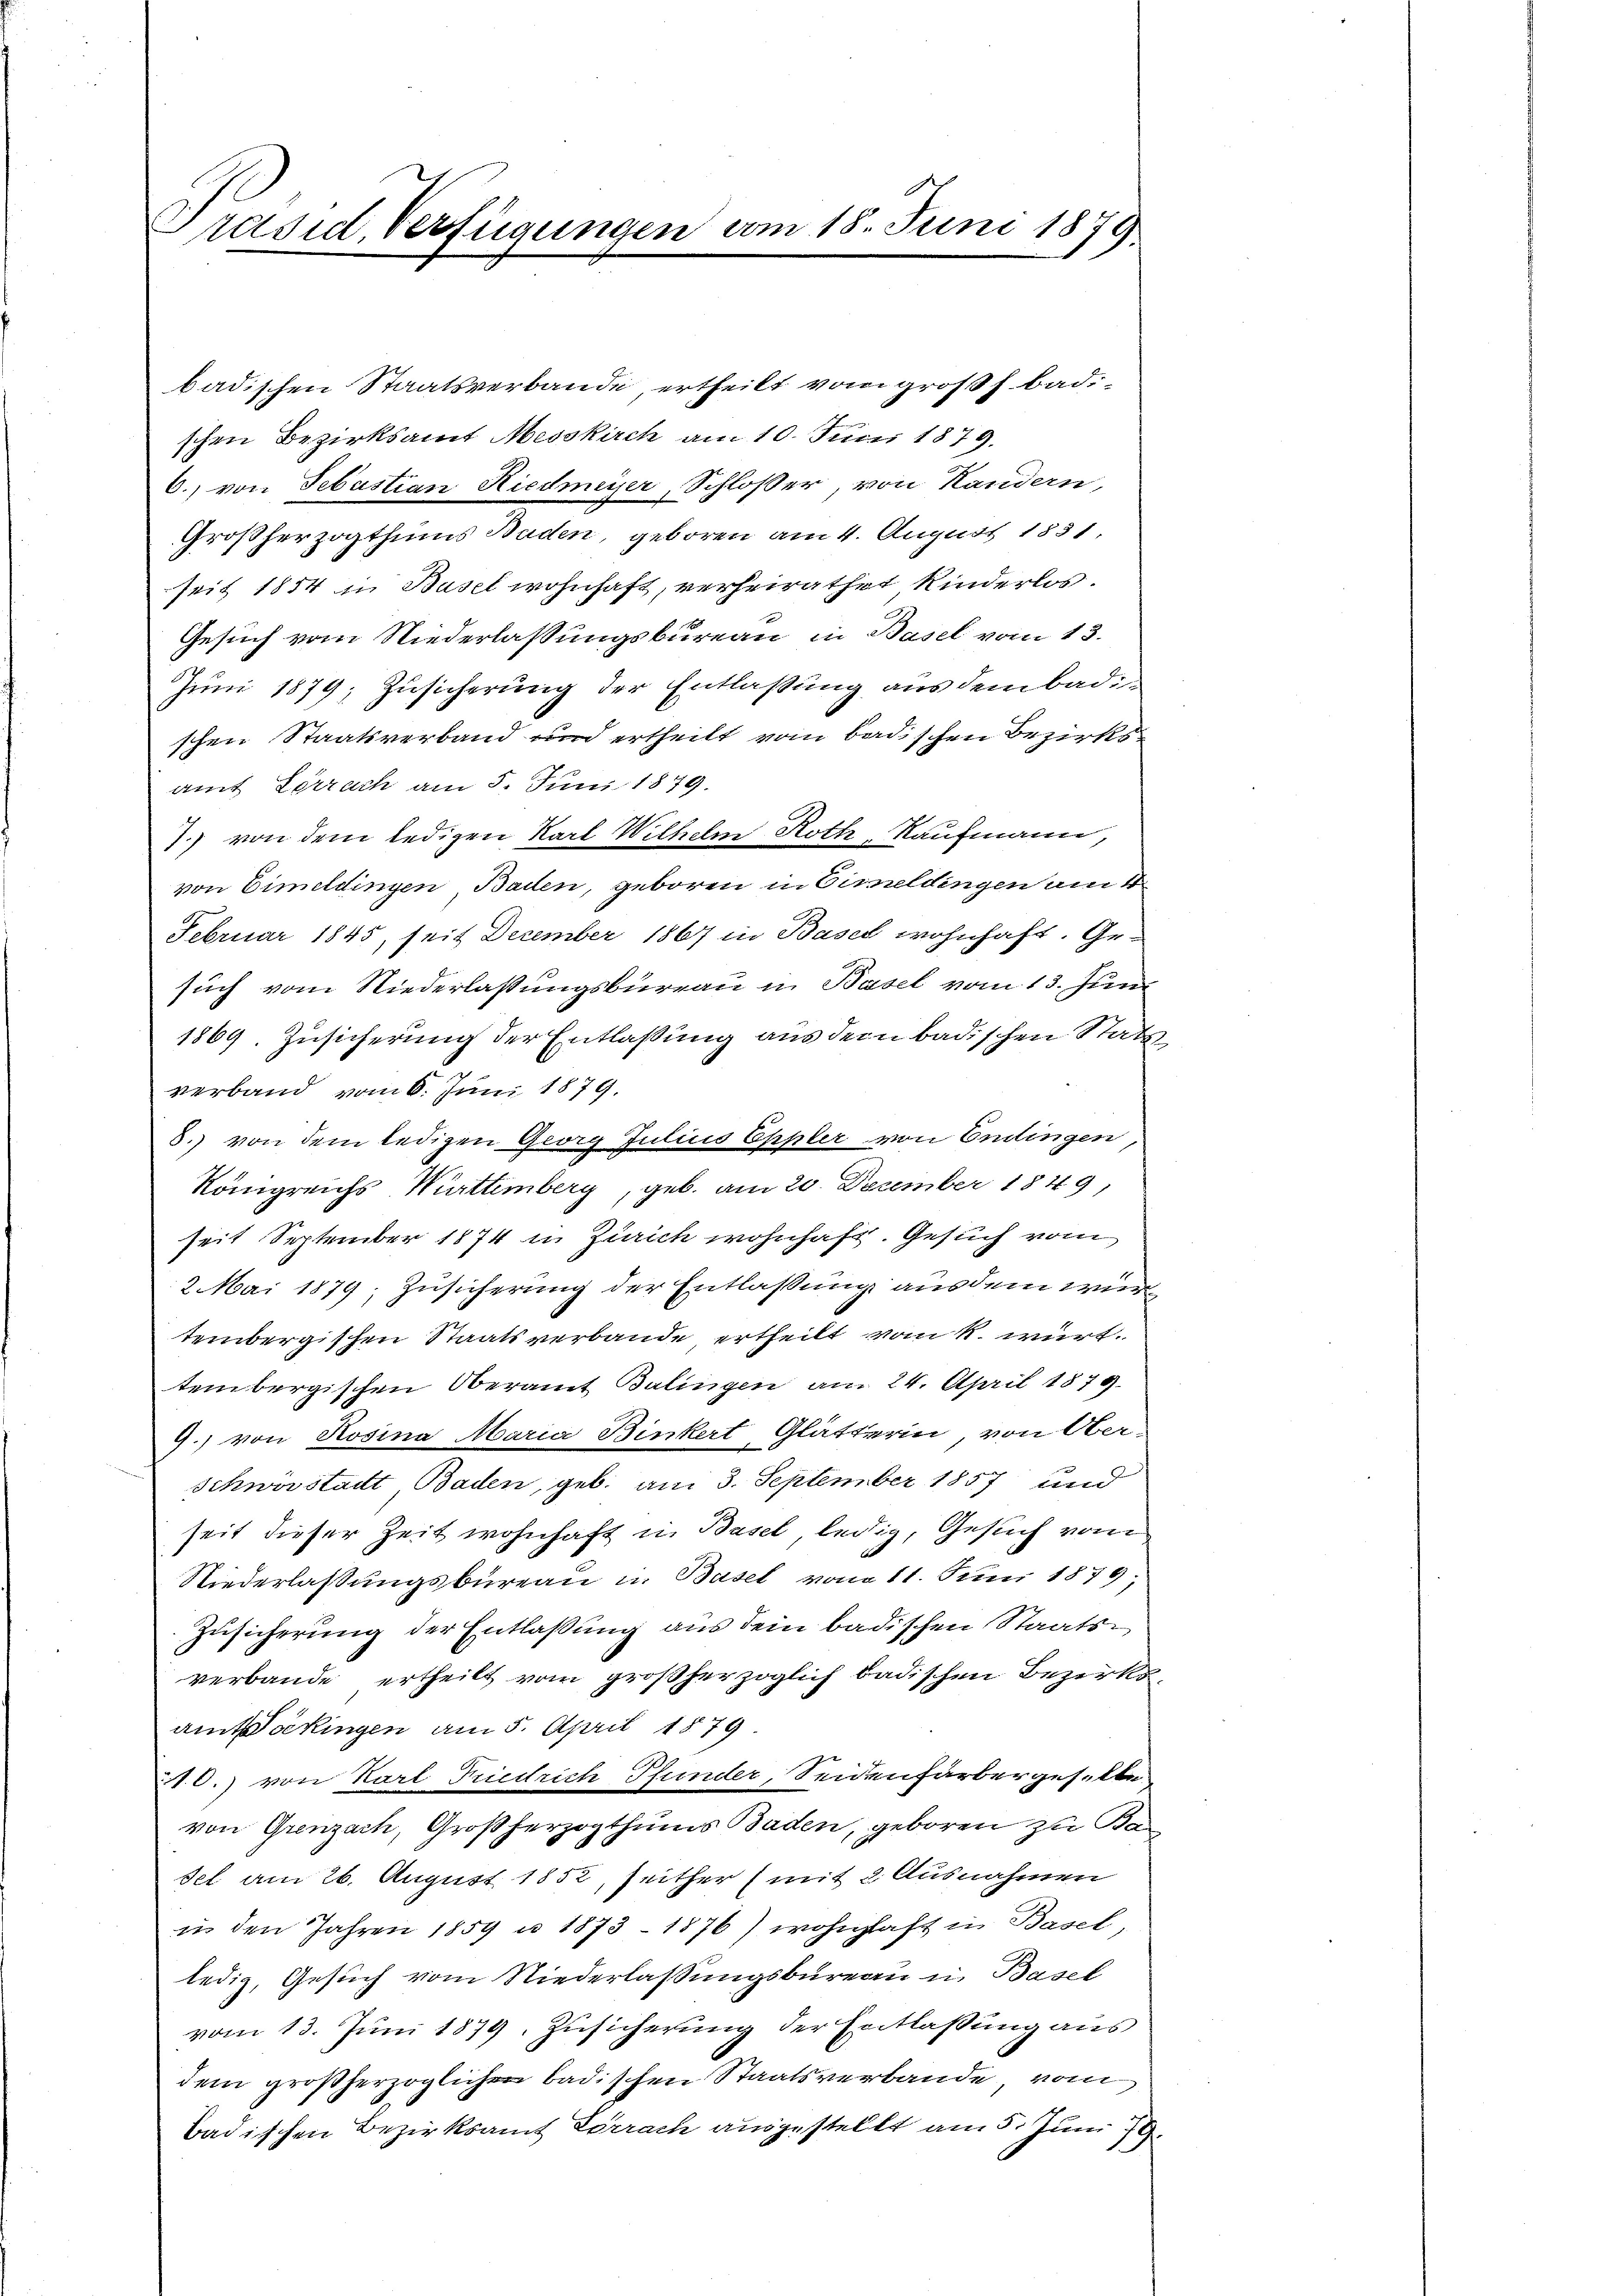
Präsid. Verfügungen vom 18. Juni 1878

badischen Staatsverbande, ertheilt vom großh. badischen Bezirksamt Messkirch am 10. Juni 1879.
6. von Sebastian Riedmeyer, Schloßer, von Handern,
Großherzogthums Baden, geboren am 4. August 1831.
seit 1854 in Basel wohnhaft, verheirathet Kinderlos.
Gesuch vom Niederlassungsbureau in Basel vom 13.
Juni 1879; Zusicherung der Entlaßung aus dem Badischen Staatsverband und ertheilt vom badischen Bezirksamt Lörrach am 5. Juni 1879.
.) von dem ledigen Karl Wilhelm Roth, Kaufmann,
von Eimeldingen Baden, geboren in Eimeldingen an d
Februar 1845, seit December 1867 in Basel wohnhaft. Gesuch vom Niederlassungsbureau in Basel vom 13. Juni
1869. Zusicherung der Entlassung aus dem badischen Stats
verband vom 6. Juni 1879.
8.) von dem ledigen Georg Julius Eppler von Endlingen
Königreichs Württemberg, geb. am 20. Dezember 1849,
seit September 1874 in Zürich wohnhaft. Gesuch vom
2 Mai 1879, Zusicherung der Entlassung ausdem wurtembergischen Staatsverbande ertheilt vom k. wirt.
tembergischen Oberamt Balingen am 24. April 1874
9.) von Rosina Maria Binkert Glätterin, von Ober-
Schwirstadt Baden, geb. am 3. September 1857 und
seit dieser Zeit wohnhaft in Basel, ledig, Gesuch vom
Niederlassungsbureau in Basel vom 11. Juni 1879;
Zusicherung der Entlaßung aus dem badischen Staatsverbande ertheilt vom großherzoglich badischen Bezirks
amtakingen am 5. April 1879
210.) von Karl Friedrich Pfunder, Seidenfärbergeselbe
von Grenzach, Großherzogthums Baden, geboren zu Ka-
sel am 26. August 1852, seither (mit 2. Ausnahmen
in den Jahren 1859 u. 1873 - 1876) wohnhaft in Basel
ledig, Gesuch vom Niederlassungsbureau in Basel
vom 13. Juni 1879, Zusicherung der Entlassung aus
dem großherzoglichen badischen Staatsverbande, vom
badischen Bezirksamt Lörrach ausgestellt am 5. Juni 19